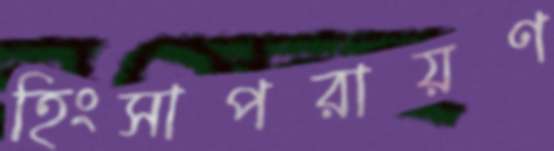
হিংসাপরায়ণ